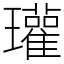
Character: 瓘